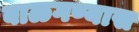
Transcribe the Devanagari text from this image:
बाळगण्यास